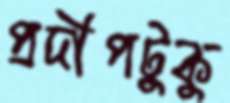
প্রদীপটুকু